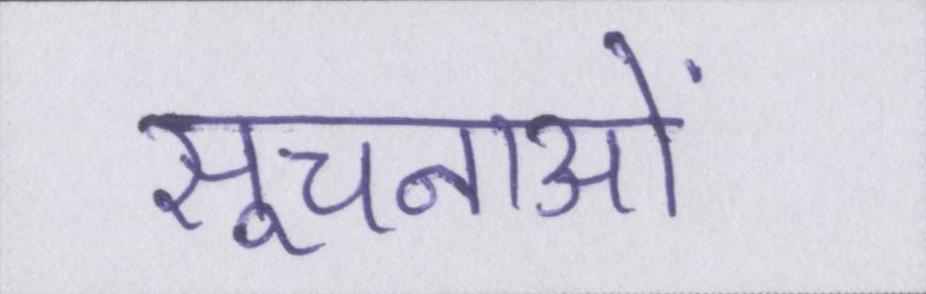
सूचनाओं